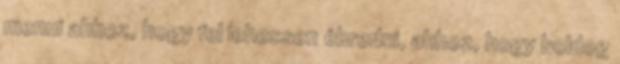
menni ahhoz, hogy fel lehessen ébredni, ahhoz, hogy boldog